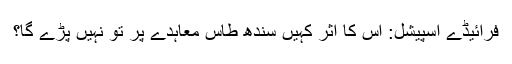
فرائیڈے اسپیشل: اس کا اثر کہیں سندھ طاس معاہدے پر تو نہیں پڑے گا؟